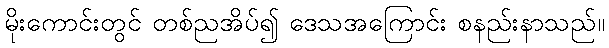
မိုးကောင်းတွင် တစ်ညအိပ်၍ ဒေသအကြောင်း စနည်းနာသည်။